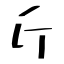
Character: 斤